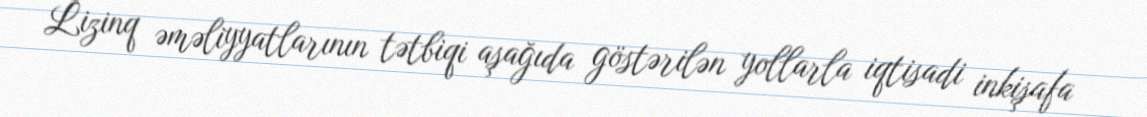
Lizinq əməliyyatlarının tətbiqi aşağıda göstərilən yollarla iqtisadi inkişafa